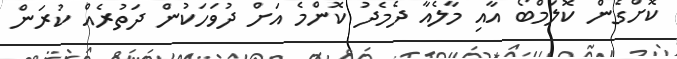
ކޮށްގެން ކޮލަމްބޯ އާއި މާލެއާ ދެމެދު ކޮންމެ އަށް ދުވަހަކުން ދަތުރެއް ކުރަން